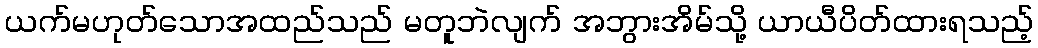
ယက်မဟုတ်သောအထည်သည် မတူဘဲလျက် အဘွားအိမ်သို့ ယာယီပိတ်ထားရသည့်